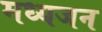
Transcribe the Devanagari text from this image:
मध्यजन